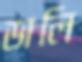
ডালি